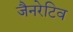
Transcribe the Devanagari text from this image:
जैनरेटिव